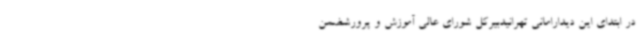
در ابتدای این دیدارامانی تهرانیدبیرکل شورای عالی آموزش و پرورشضمن